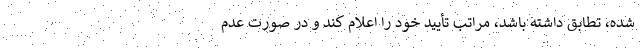
شده، تطابق داشته باشد، مراتب تأیید خود را اعلام کند و در صورت عدم